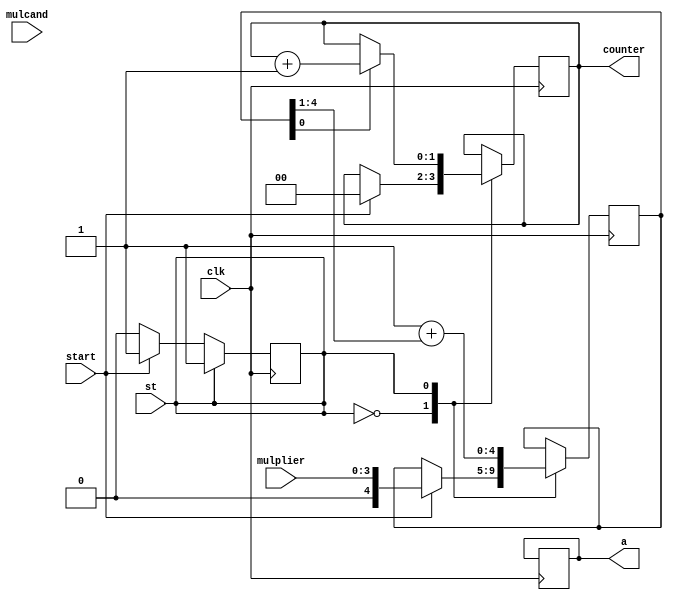
module mul4( mulplier, mulcand,start, clk, a,counter,st);

input [3:0] mulplier;
input [3:0] mulcand;
output [7:0] a;
input start;
input clk;
output reg [1:0]counter;
input st;

//middle term
reg [4:0] A; //A register
reg [4:0] Q; // Q register
reg [4:0] M; //M register;
reg state;
reg [4:0] C;
reg [4:0] D;
reg [7:0] result;
//reg [1:0] counter;

assign state = st;
always@(posedge clk)
begin
//state<=1'b0;
	case(state)
		0: begin
		 	if( start ==1'b1) begin
			A<=5'b00000;
			Q<={1'b0, mulplier};
			M<={1'b0, mulcand};
			state<=1'b1;
			counter<=0;
  			//result <=8'b00000000;
			end
		else
		state <= 1'b0;
		end
	
		1: begin
			if( Q[0] == 0)
			begin
			C <= A >>1;
  			A<= {1'b0, C};
			
			Q<= 1'b1 + (Q>>1);
			D<= 
			counter<= counter +1;
			end
 			else if( Q[0] ==1)
			begin
                         


			//A =(A+{1'b0+M)};
			A<=1'b0+((A+(1'b0+M)>>1));
			Q<=1'b1+(Q>>1);
			counter<=counter+1;
			end
			else if(counter == 3 )
			begin
			result [7:4] <=A[3:0];
			result [3:0] <=Q[3:0];
			//A<=5'b00000;
			//Q<=5'b00000;
			//state<=1'b0;
			end
			
		end
	endcase
end

assign a = result;
endmodule